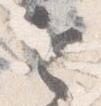
令